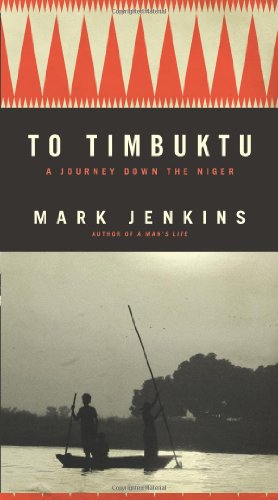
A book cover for To Timbuktu: A Journey Down the Niger; Mark Jenkins; Travel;